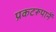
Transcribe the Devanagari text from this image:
प्रकटरूपानें